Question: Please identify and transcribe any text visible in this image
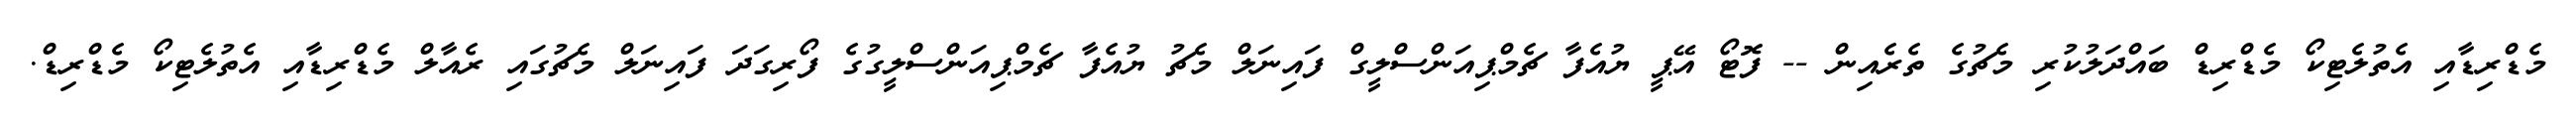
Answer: މެޑްރިޑާއި އެތުލެޓިކޯ މެޑްރިޑް ބައްދަލުކުރި މެޗުގެ ތެރެއިން -- ފޮޓޯ އޭޕީ ޔުއެފާ ޗެމްޕިއަންސްލީގް ފައިނަލް މެޗު ޔުއެފާ ޗެމްޕިއަންސްލީގުގެ ފޯރިގަދަ ފައިނަލް މެޗުގައި ރެއާލް މެޑްރިޑާއި އެތުލެޓިކޯ މެޑްރިޑް.